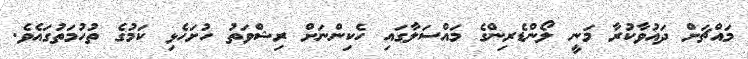
މައްޗަށް ދައުވާކުރާ މަނީ ލޯންޑެރިންގެ މައްސަލާގައި ހެކިންނަށް ރިޝްވަތު ހުށަހެޅި ކަމުގެ ތުހުމަތުގައެވެ.